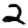
Digit: 2